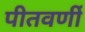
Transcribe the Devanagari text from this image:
पीतवर्णी